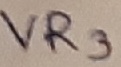
Text: VR3